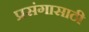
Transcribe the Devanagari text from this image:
प्रसंगासाठी